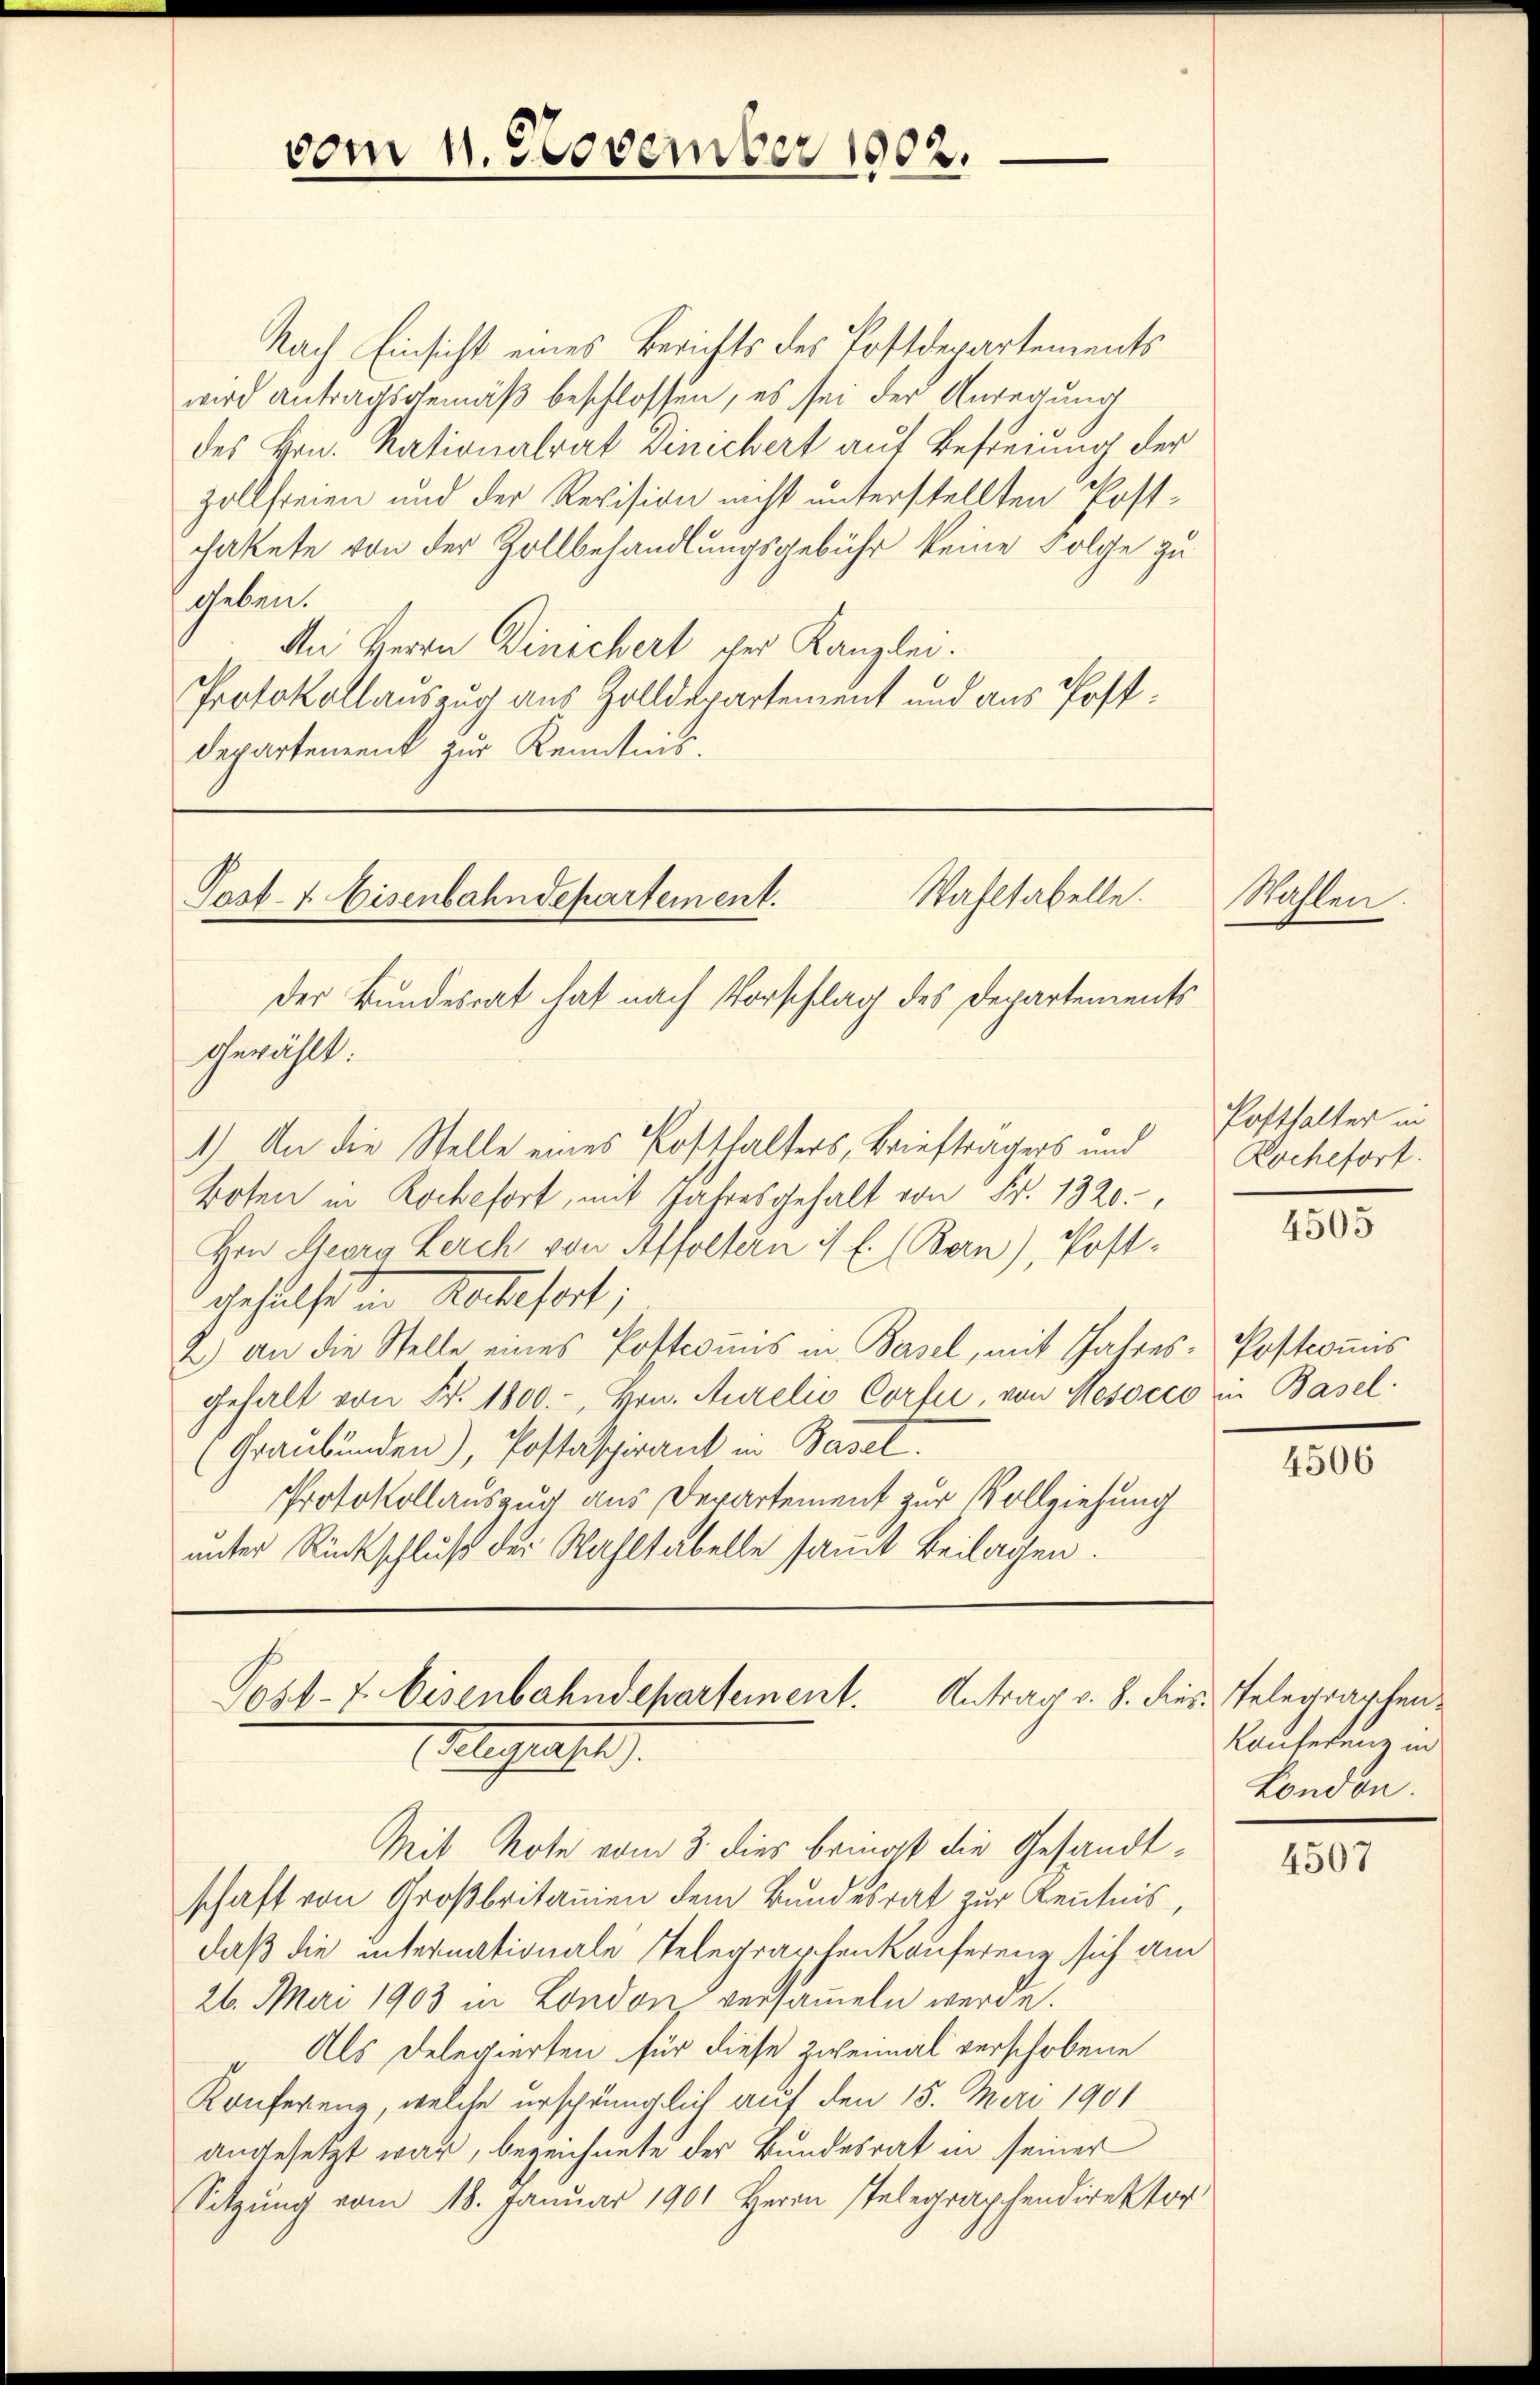
Nach Einsicht eines Berichts des Postdepartements
wird antragsgemäß beschlossen, es sei der Anregung
des Hrn. Nationalrat Dinichert auf Befreiung der
Zollfreien und der Revision nicht unterstellten Postchattete von der Zollbehandlungsgebühr keine Folge zu
geben.
An Herrn Dinichert der Kanzlei.
Protokollauszug aus Zolldepartement und aus Post¬
Departement zur Kenntnis.

vom 11. November 1902.

Wahltabelle.
Post- & Eisenbahndepartement.
der Bundesrat hat nach Vorschlag des Departements

gewählt:
1) An die Stelle eines Posthalters, Briefträgers und Kochefort.
Boten in Rochefort, mit Jahresgehalt von Fr. 1320.
Hrn. Georg Lerch von Affoltern 1 f. (Bern), Postdgeselseiten Kartefert;
2) an die Stelle eines Postcoṁis in Basel, mit Jahres Postcoṁis
gehalt von Fr. 1800.-, Hrn. Aurelis Corfii, von Mesocco in Basel
(Graubünden), Postaspirant in Basel.
Protokollauszug aus Departement zur Vollziehung
unter Rückschluß der Wahltabelle samt Beilagen.

Post-7. Eisenbahndepartement.
esrat

Mit Note vom 3. dies bringt die Gesandtschaft von Großbritanien dem Bundesrat zur Kenntnis,
daß die internationale Telegraphenkonferenz sich am
26. Mai 1903 in London versammeln werde.
Als Delegierten für diese Zweimal verschobene
Konferenz, welche ursprünglich auf den 15. Mai 1901
angesetzt war, bezeichnete der Bundesrat in seiner
Sitzung vom 18. Januar 1901 Herrn Telegraphendirektor

Antrag v. 8. dies Telegraphen.

Mahlen

Posthalter in

4505

4506

Konferenz in
London.

4507